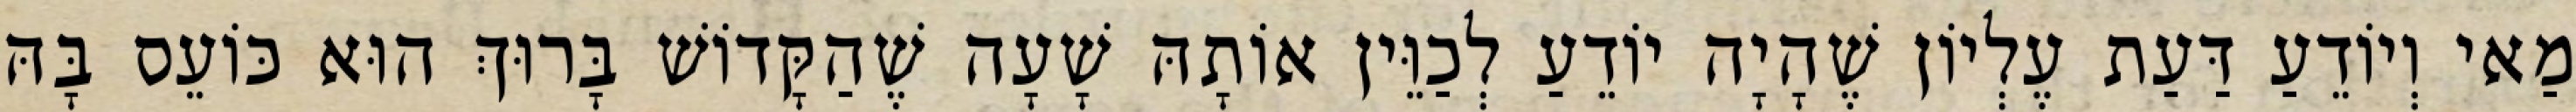
מַאי וְיוֹדֵעַ דַּעַת עֶלְיוֹן שֶׁהָיָה יוֹדֵעַ לְכַוֵּין אוֹתָהּ שָׁעָה שֶׁהַקָּדוֹשׁ בָּרוּךְ הוּא כּוֹעֵס בָּהּ